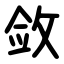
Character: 敛